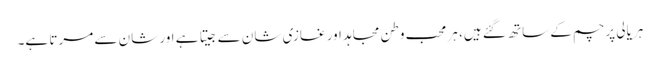
ہریالی پرچم کے ساتھ گئے ہیں، ہر محب وطن مجاہد اور غازی شان سے جیتا ہے اور شان سے مرتا ہے۔